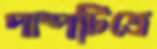
পাম্পটিতে